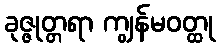
ခုဇ္ဇုတ္တရာ ကျွန်မဝတ္ထု